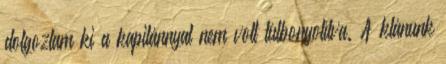
dolgoztam ki a kapitánnyal nem volt túlbonyolítva. A klánunk